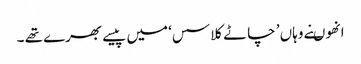
انھوںنے وہاں ’ چاٹے کلاسس‘ میں پیسے بھرے تھے ۔